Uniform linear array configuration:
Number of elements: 4
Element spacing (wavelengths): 0.25
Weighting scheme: cosine
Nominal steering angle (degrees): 60
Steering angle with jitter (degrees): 58.692
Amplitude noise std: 0.05
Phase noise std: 0.05

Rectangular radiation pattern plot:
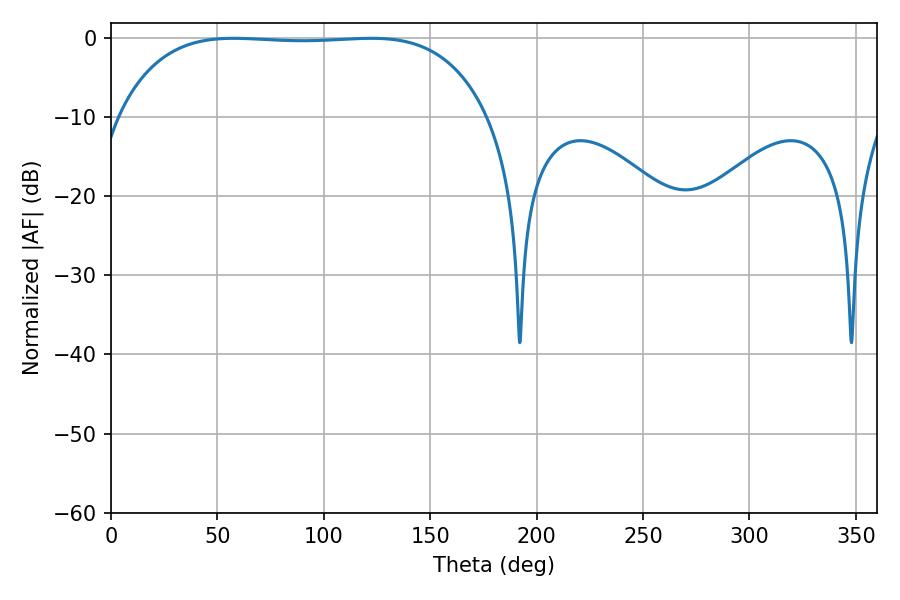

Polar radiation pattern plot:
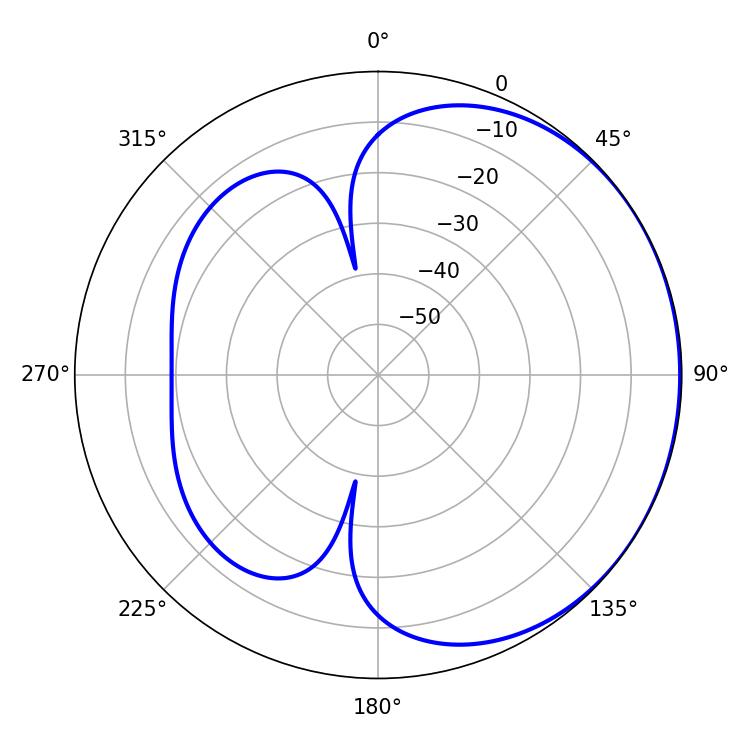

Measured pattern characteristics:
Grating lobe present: FALSE
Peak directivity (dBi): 0.6925
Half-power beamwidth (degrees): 136.08
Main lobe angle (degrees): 122.4